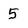
Character: 5